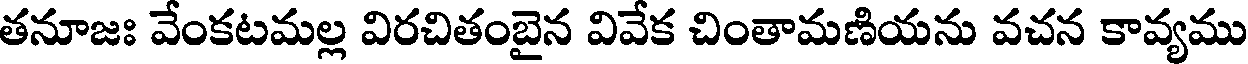
తనూజః వేంకటమల్ల విరచితంబైన వివేక చింతామణియను వచన కావ్యము